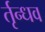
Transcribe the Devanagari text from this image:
र्तृन्धव